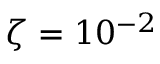
\zeta = 1 0 ^ { - 2 }